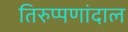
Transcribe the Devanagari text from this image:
तिरुप्पणांदाल